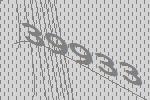
39933